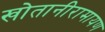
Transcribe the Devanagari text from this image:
खोतानीरामायण